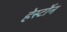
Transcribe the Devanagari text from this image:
हेर्स्टोन